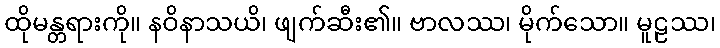
ထိုမန္တရားကို။ နဝိနာသယိ၊ ဖျက်ဆီး၏။ ဗာလဿ၊ မိုက်သော။ မူဠဿ၊